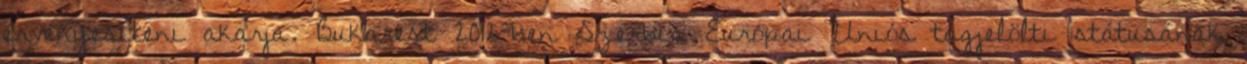
érvényesíteni akarja. Bukarest 2012-ben Szerbia Európai Uniós tagjelölti státusának